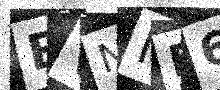
Text: BVNIE6